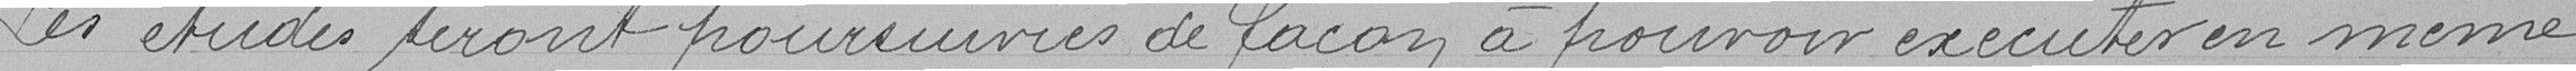
Ces études seront poursuivies de façon à pouvoir exécuter en même